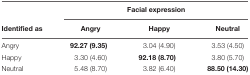
<table><thead><tr><td></td><td colspan="3"><b>Facial expression</b></td></tr><tr><td><b>Identified as</b></td><td><b>Angry</b></td><td><b>Happy</b></td><td><b>Neutral</b></td></tr></thead><tbody><tr><td>Angry</td><td><b>92.27 (9.35)</b></td><td>3.04 (4.90)</td><td>3.53 (4.50)</td></tr><tr><td>Happy</td><td>3.30 (4.60)</td><td><b>92.18 (8.70)</b></td><td>3.80 (5.70)</td></tr><tr><td>Neutral</td><td>5.48 (8.70)</td><td>3.82 (6.40)</td><td><b>88.50 (14.30)</b></td></tr></tbody></table>